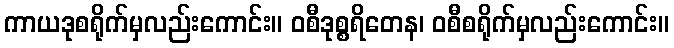
ကာယဒုစရိုက်မှလည်းကောင်း။ ဝစီဒုစ္စရိတေန၊ ဝစီစရိုက်မှလည်းကောင်း။